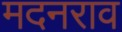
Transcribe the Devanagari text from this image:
मदनराव